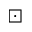
\boxdot